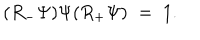
( R _ { - } \Psi ) \Psi ( R _ { + } \Psi ) \; = \; 1 .